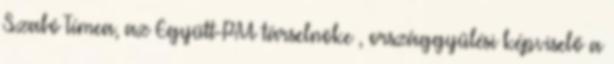
Szabó Tímea, az Együtt-PM társelnöke , országgyűlési képviselő a